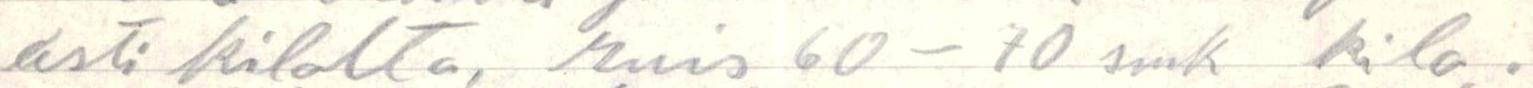
asti kilolta, ruis 60-70 smk kilo.